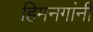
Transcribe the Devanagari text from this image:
हिमनगांनी